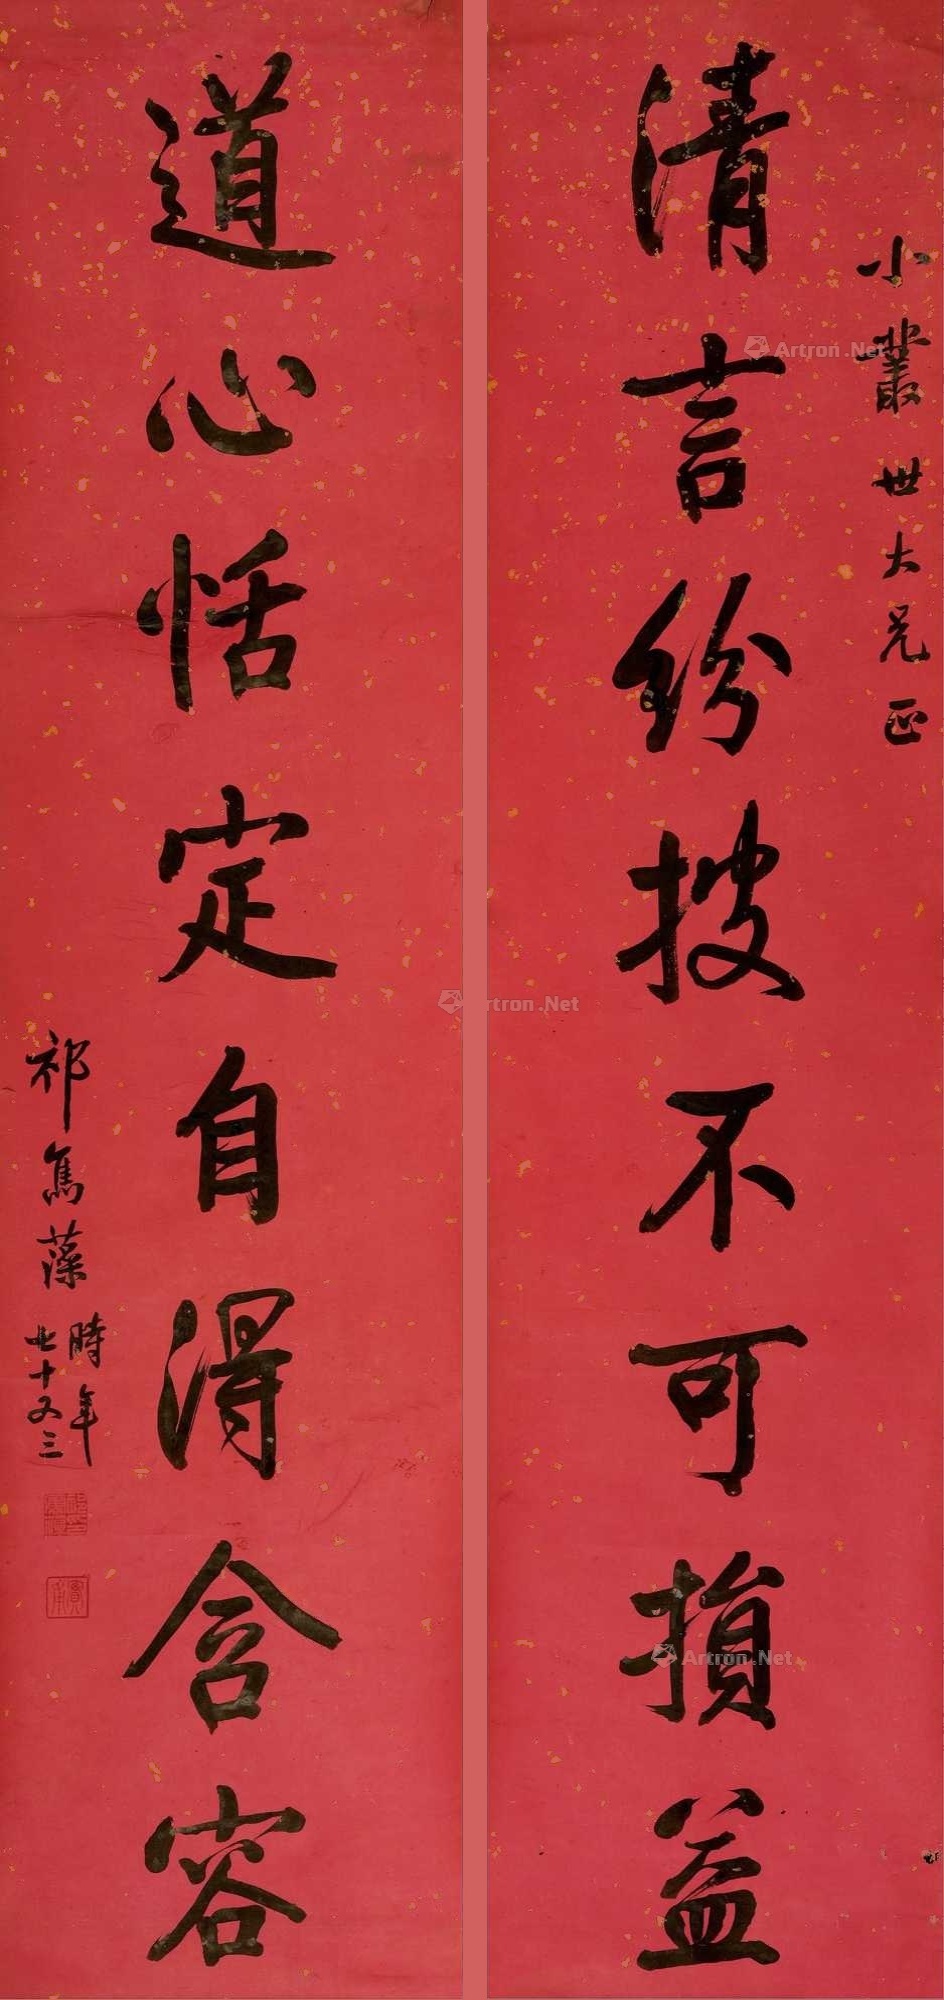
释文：清言纷披不可损益，道心恬定自得含容。小丛世大兄正，祁寯藻时年七十又三。